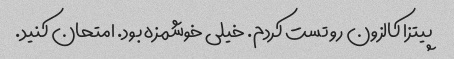
پیتزا کالزون رو تست کردم. خیلی خوشمزه بود. امتحان کنید.